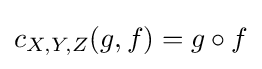
c_{X,Y,Z}(g,f)=g\circ f